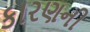
કારણની